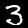
Digit: 3